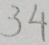
3 4